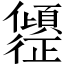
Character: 𫤎